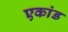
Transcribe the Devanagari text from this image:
एकांड